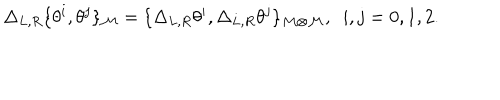
\Delta _ { L , R } \{ \theta ^ { i } , \theta ^ { j } \} _ { \cal M } = \{ \Delta _ { L , R } \theta ^ { i } , \Delta _ { L , R } \theta ^ { j } \} _ { { \cal M } \otimes { \cal M } } , ~ ~ i , j = 0 , 1 , 2 .